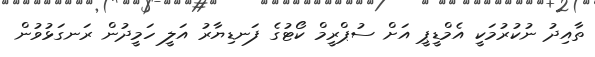
ތާއިދު ނުކުރުމަކީ އެމްޑީޕީ އަށް ސުޕްރީމް ކޯޓުގެ ފަނޑިޔާރު އަލީ ހަމީދުން ރަނގަޅުވުން